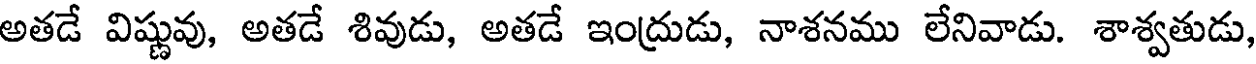
అతడే విష్ణువు, అతడే శివుడు, అతడే ఇంద్రుడు, నాశనము లేనివాడు. శాశ్వతుడు,